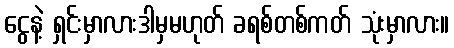
ငွေနဲ့ ရှင်းမှာလားဒါမှမဟုတ် ခရစ်တစ်ကတ် သုံးမှာလား။